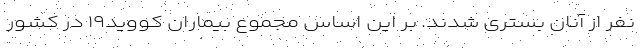
نفر از آنان بستری شدند. بر این اساس مجموع بیماران کووید۱۹ در کشور